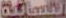
النسائية